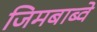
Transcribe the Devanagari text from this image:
जिमबाब्वे